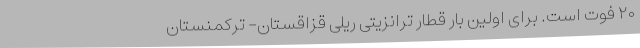
۲۰ فوت است. برای اولین بار قطار ترانزیتی ریلی قزاقستان- ترکمنستان